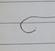
Signature authenticity: forged